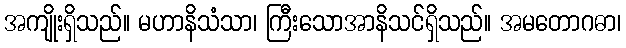
အကျိုးရှိသည်။ မဟာနိသံသာ၊ ကြီးသောအာနိသင်ရှိသည်။ အမတောဂဓာ၊